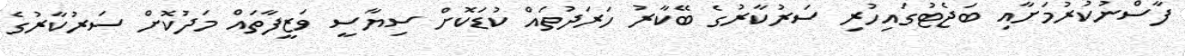
ފާސްނުކުރުމަށާއި ބަޖެޓުގައިހުރި ސަރުކާރުގެ ބޭކާރު ހަރަދުތައް ކުޑަކޮށް ސިޔާސީ ވަޒީފާތައް މަދުކޮށް ސަރުކާރުގެ